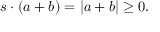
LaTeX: s \cdot ( a + b ) = | a + b | \geq 0 .